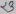
Text: 23